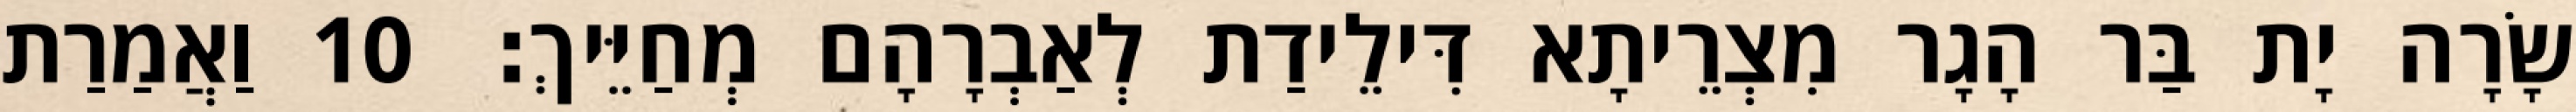
שָׂרָה יָת בַּר הָגָר מִצְרֵיתָא דִּילֵידַת לְאַבְרָהָם מְחַיֵּיךְ׃ 10 וַאֲמַרַת